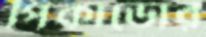
পিকাডোর